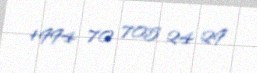
+994 70 705 24 29